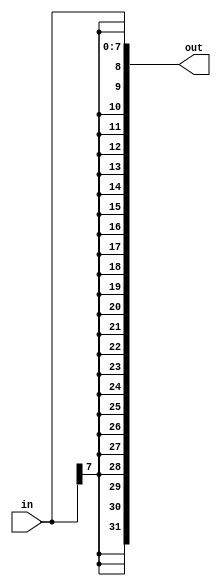
/*
The concatenation operator allowed concatenating together vectors to form a larger vector. But sometimes you want the same thing concatenated together many times, and it is still tedious to do something like assign a = {b,b,b,b,b,b};. The replication operator allows repeating a vector and concatenating them together:

{num{vector}}
This replicates vector by num times. num must be a constant. Both sets of braces are required.

Examples:

{5{1'b1}}           // 5'b11111 (or 5'd31 or 5'h1f)
{2{a,b,c}}          // The same as {a,b,c,a,b,c}
{3'd5, {2{3'd6}}}   // 9'b101_110_110. It's a concatenation of 101 with
                    // the second vector, which is two copies of 3'b110.
A Bit of Practice
One common place to see a replication operator is when sign-extending a smaller number to a larger one, while preserving its signed value. This is done by replicating the sign bit (the most significant bit) of the smaller number to the left. For example, sign-extending 4'b0101 (5) to 8 bits results in 8'b00000101 (5), while sign-extending 4'b1101 (-3) to 8 bits results in 8'b11111101 (-3).

Build a circuit that sign-extends an 8-bit number to 32 bits. This requires a concatenation of 24 copies of the sign bit (i.e., replicate bit[7] 24 times) followed by the 8-bit number itself.

*/

module top_module (
    input [7:0] in,
    output [31:0] out );//
    localparam  SIZE = 24;

    assign out = { {SIZE{in[7]}} , in[7:0] };

endmodule